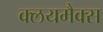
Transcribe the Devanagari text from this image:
क्लयमैक्स